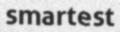
smartest